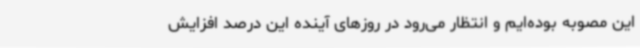
این مصوبه بوده‌ایم و انتظار می‌رود در روزهای آینده این درصد افزایش